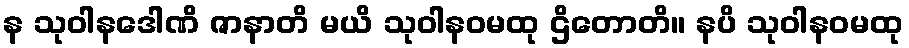
န သုဝါနဒေါဏိ ဇာနာတိ မယိ သုဝါနဝမထု ဌိတောတိ။ နပိ သုဝါနဝမထု